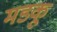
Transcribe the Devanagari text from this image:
मडकू